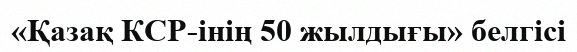
«Қазақ КСР-інің 50 жылдығы» белгісі